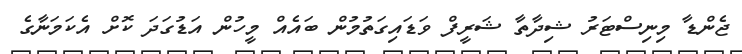
ޖެންޑާ މިނިސްޓަރު ޝިދާތާ ޝަރީފް ވަޑައިގަތުމުން ބައެއް މީހުން އަޑުގަދަ ކޮށް އެކަމަނާގެ